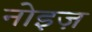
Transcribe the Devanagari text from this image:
नोइज़